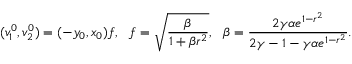
( v _ { 1 } ^ { 0 } , v _ { 2 } ^ { 0 } ) = ( - y _ { 0 } , x _ { 0 } ) f , ~ ~ f = \sqrt { \frac { \beta } { 1 + \beta r ^ { 2 } } } , ~ ~ \beta = \frac { 2 \gamma \alpha e ^ { 1 - r ^ { 2 } } } { 2 \gamma - 1 - \gamma \alpha e ^ { 1 - r ^ { 2 } } } .